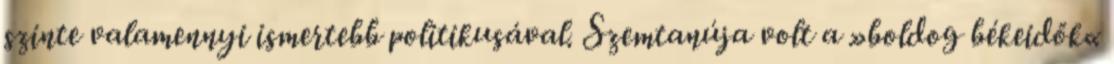
szinte valamennyi ismertebb politikusával. Szemtanúja volt a »boldog békeidők«